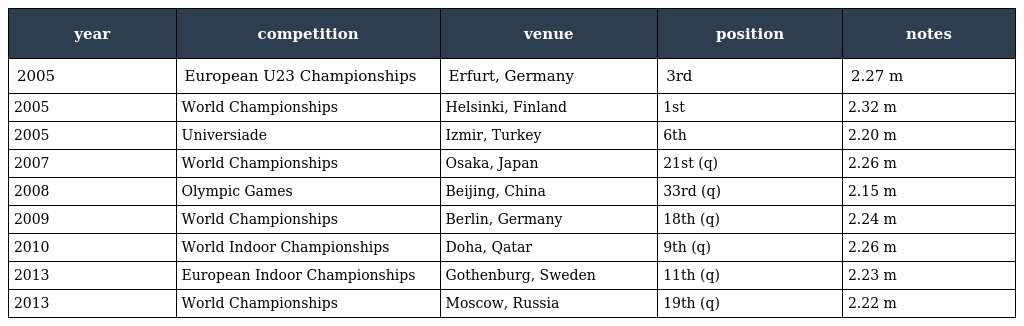
| year | competition | venue | position | notes |
 | --- | --- | --- | --- | --- |
 | 2005 | European U23 Championships | Erfurt, Germany | 3rd | 2.27 m |
 | 2005 | World Championships | Helsinki, Finland | 1st | 2.32 m |
 | 2005 | Universiade | Izmir, Turkey | 6th | 2.20 m |
 | 2007 | World Championships | Osaka, Japan | 21st (q) | 2.26 m |
 | 2008 | Olympic Games | Beijing, China | 33rd (q) | 2.15 m |
 | 2009 | World Championships | Berlin, Germany | 18th (q) | 2.24 m |
 | 2010 | World Indoor Championships | Doha, Qatar | 9th (q) | 2.26 m |
 | 2013 | European Indoor Championships | Gothenburg, Sweden | 11th (q) | 2.23 m |
 | 2013 | World Championships | Moscow, Russia | 19th (q) | 2.22 m |